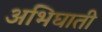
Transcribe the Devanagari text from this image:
अभिघाती